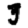
Digit: 3